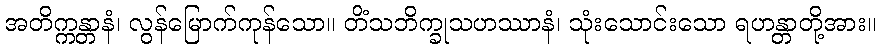
အတိက္ကန္တာနံ၊ လွန်မြောက်ကုန်သော။ တိံသဘိက္ခုသဟဿာနံ၊ သုံးသောင်းသော ရဟန္တာတို့အား။